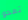
تمحو